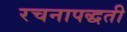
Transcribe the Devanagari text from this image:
रचनापद्धती